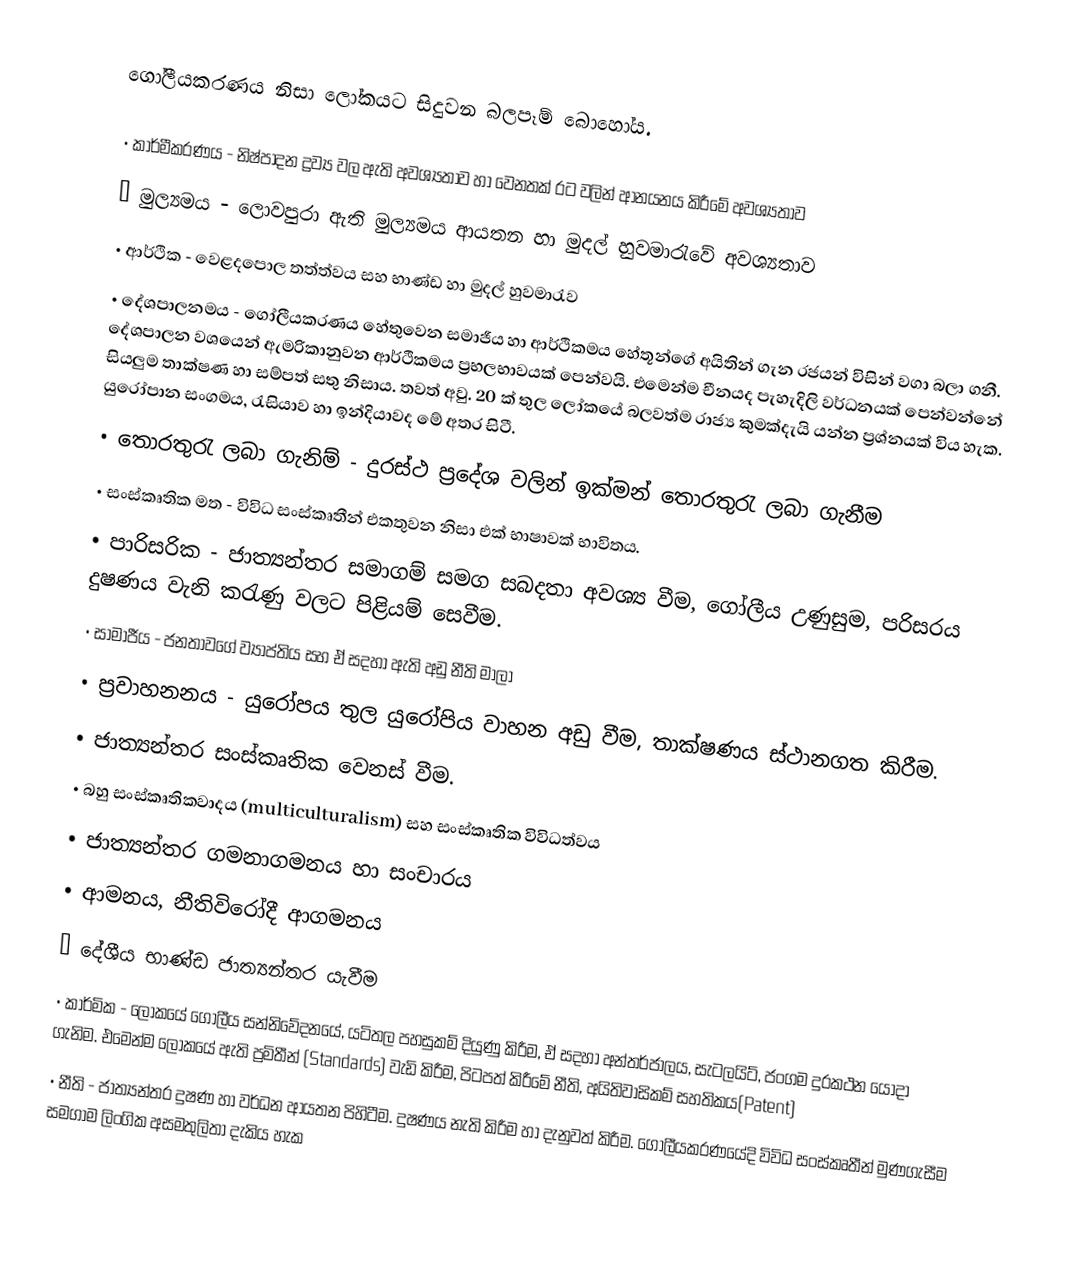
ගෝලීයකරණය නිසා ලෝකයට සිදුවන බලපෑම් බොහෝය.

•	කාර්මීකරණය - නිෂ්පාදන ද්‍රව්‍ය වල ඇති අවශ්‍යතාව හා වෙනතක් රට වලින් ආනයනය කිරීමේ අවශ්‍යතාව
•	මුල්‍යමය - ලොවපුරා ඇති මුල්‍යමය ආයතන හා මුදල් හුවමාරැවේ අවශ්‍යතාව
•	ආර්ථික - වෙළදපොල තත්ත්වය සහ භාණ්ඩ හා මුදල් හුවමාරැව
•	දේශපාලනමය - ගෝලීයකරණය හේතුවෙන සමාජීය හා ආර්ථිකමය හේතූන්ගේ අයිතින් ගැන රජයන් විසින් වගා බලා ගනී. දේශපාලන වශයෙන් ඇමරිකානුවන ආර්ථිකමය ප්‍රභලභාවයක් පෙන්වයි. එමෙන්ම චීනයද පැහැදිලි වර්ධනයක් පෙන්වන්නේ සියලුම තාක්ෂණ හා සම්පත් සතු නිසාය. තවත් අවු. 20 ක් තුල ලෝකයේ බලවත්ම රාජ්‍ය කුමක්දැයි යන්න ප්‍රශ්නයක් විය හැක. යුරෝපාන සංගමය, රැසියාව හා ඉන්දියාවද මේ අතර සිටී.
•	තොරතුරැ ලබා ගැනිම් - දුරස්ථ ප්‍රදේශ වලින් ඉක්මන් තොරතුරැ ලබා ගැනීම
•	සංස්කෘතික මත - විවිධ සංස්කෘතීන් එකතුවන නිසා එක් භාෂාවක් භාවිතය.
•	පාරිසරික - ජාත්‍යන්තර සමාගම් සමග සබදතා අවශ්‍ය වීම, ගෝලීය උණුසුම, පරිසරය දුෂණය වැනි කරැණු වලට පිළියම් සෙවීම.
•	සාමාජීය - ජනතාවගේ ව්‍යාප්තිය සහ ඒ සදහා ඇති අඩු නීති මාලා
•	ප්‍රවාහනනය - යුරෝපය තුල යුරෝපිය වාහන අඩු වීම, තාක්ෂණය ස්ථානගත කිරීම.
•	ජාත්‍යන්තර සංස්කෘතික වෙනස් වීම.
•	බහු සංස්කෘතිකවාදය (multiculturalism) සහ සංස්කෘතික විවිධත්වය
•	ජාත්‍යන්තර ගමනාගමනය හා සංචාරය
•	ආමනය, නීතිවිරෝදී ආගමනය
•	දේශීය භාණ්ඩ ජාත්‍යන්තර යැවීම
•	කාර්මික - ලෝකයේ ගෝලීය සන්නිවේදනයේ, යටිතල පහසුකම් දියුණු කිරීම, ඒ සදහා අන්තර්ජාලය, සැටලයිට්, ජංගම දුරකථන යොදා ගැනිම. එමෙන්ම ලෝකයේ ඇති ප්‍රමිතීන් (Standards) වැඩි කිරීම, පිටපත් කිරීමේ නීති, අයිතිවාසිකම් සහතිකය(Patent)
•	නීති - ජාත්‍යන්තර දුෂණ හා වර්ධන ආයතන පිහිටීම. දුෂණය නැති කිරීම හා දැනුවත් කිරීම. ගෝලීයකරණයේදි විවිධ සංස්කෘතීන් මුණගැසීම සමගාම ලිංගික අසමතුලිතා දැකිය හැක